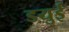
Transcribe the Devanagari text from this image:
डयुई